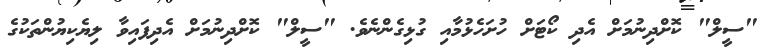
"ސީލް" ކޮށްދިނުމަށް އެދި ކޯޓަށް ހުށަހެޅުމާއި ގުޅިގެންނެވެ. "ސީލް" ކޮށްދިނުމަށް އެދިފައިވާ ލިޔެކިޔުންތަކުގެ